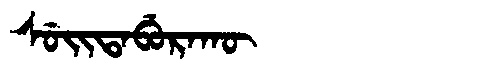
Manchu: ᠰᡠᡳᡨᠠᠪᡠᡵᠠᡴᡡ
Romanization: SUITABURAKŪ